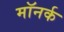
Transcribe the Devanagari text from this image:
मॉनर्क